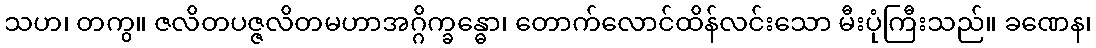
သဟ၊ တကွ။ ဇလိတပဇ္ဇလိတမဟာအဂ္ဂိက္ခန္ဓော၊ တောက်လောင်ထိန်လင်းသော မီးပုံကြီးသည်။ ခဏေန၊